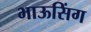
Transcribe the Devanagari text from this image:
भाऊसिंग